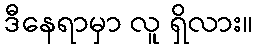
ဒီနေရာမှာ လူ ရှိလား။